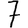
Digit: 7